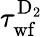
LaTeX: \tau_{\mathrm{wf}}^{\mathrm{D_{2}}}